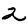
Digit: 2